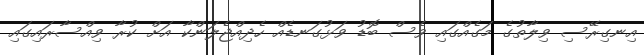
އިނގިރޭސި ވިލާތުގެ މަގެއްގައި ވެސް ބޮޑު ވަޅުގަނޑެއް ހެދިއްޖެލަންކާ އަށް ކުރާ ވިއްސާރައިގައި